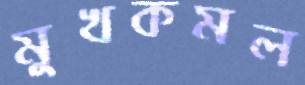
মুখকমল